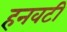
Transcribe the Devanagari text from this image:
हनवटी